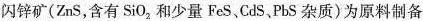
闪锌矿(ZnS，含有Si0_{2}和少量FeS、CdS.PbS杂质)为原料制备金